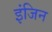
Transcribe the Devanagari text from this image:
इंजिन